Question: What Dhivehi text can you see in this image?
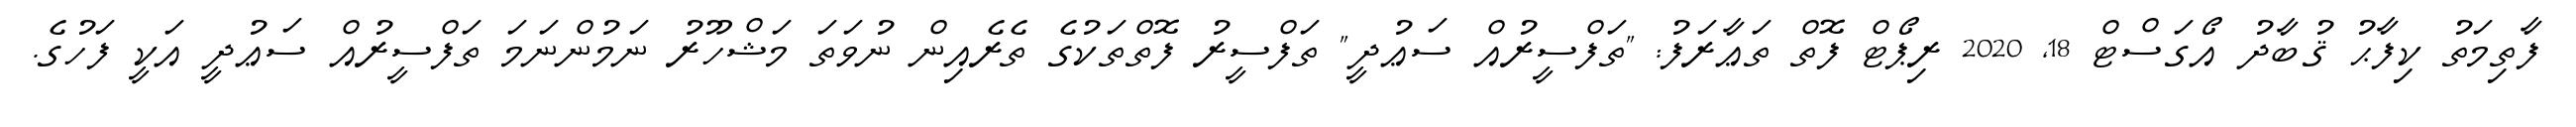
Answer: ފާތިމަތު ކިފާޙު ޤުބާދު އޯގަސްޓް 18, 2020 ރިޕޯޓް ފޮތް ތަޢާރަފު: "ތަފްސީރުއް ސަޢުދީ" ތަފްސީރު ފޮތްތަކުގެ ތެރެއިން ނުވަތަ މަޝްހޫރު ނަމުންނަމަ ތަފްސީރުއް ސަޢުދީ އަކީ ފަހުގެ.